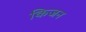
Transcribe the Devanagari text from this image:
किजन